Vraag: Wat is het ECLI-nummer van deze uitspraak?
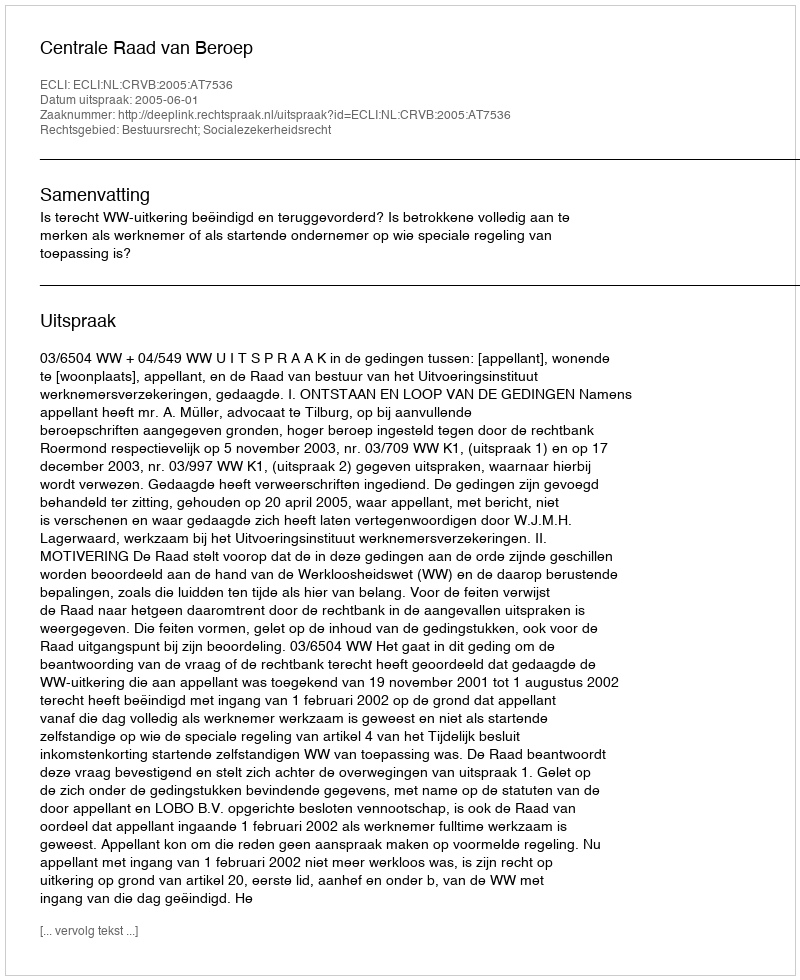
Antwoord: ECLI:NL:CRVB:2005:AT7536